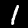
Label: 1